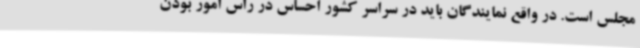
مجلس است. در واقع نمایندگان باید در سراسر کشور احساس در راس امور بودن